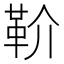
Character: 𩉡